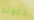
دعوته